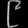
Digit: ၉